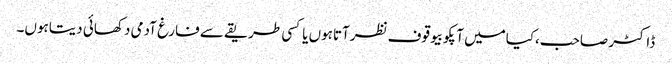
ڈاکٹر صاحب،کیامیں آپکوبیوقوف نظرآتاہوں یاکسی طریقے سے فارغ آدمی دکھائی دیتاہوں۔